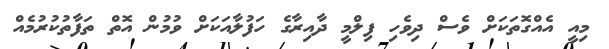
މިއީ އެއްގޮތަކަށް ވެސް ދިވެހި ފިލްމީ ދާއިރާގެ ހަފުލާއަކަށް ވުމުން އޮތް ތަފާތުކުރުމެއް